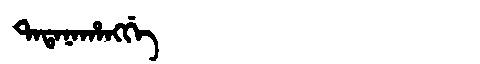
Manchu: ᡨᠠᡨᠠᠨᠠᡥᠠᠩᡤᡝ
Romanization: TATANAHANGGE